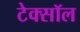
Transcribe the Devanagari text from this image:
टेक्सॉल